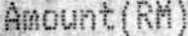
AMOUNT(RM)